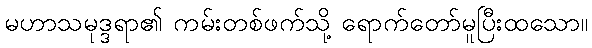
မဟာသမုဒ္ဒရာ၏ ကမ်းတစ်ဖက်သို့ ရောက်တော်မူပြီးထသော။